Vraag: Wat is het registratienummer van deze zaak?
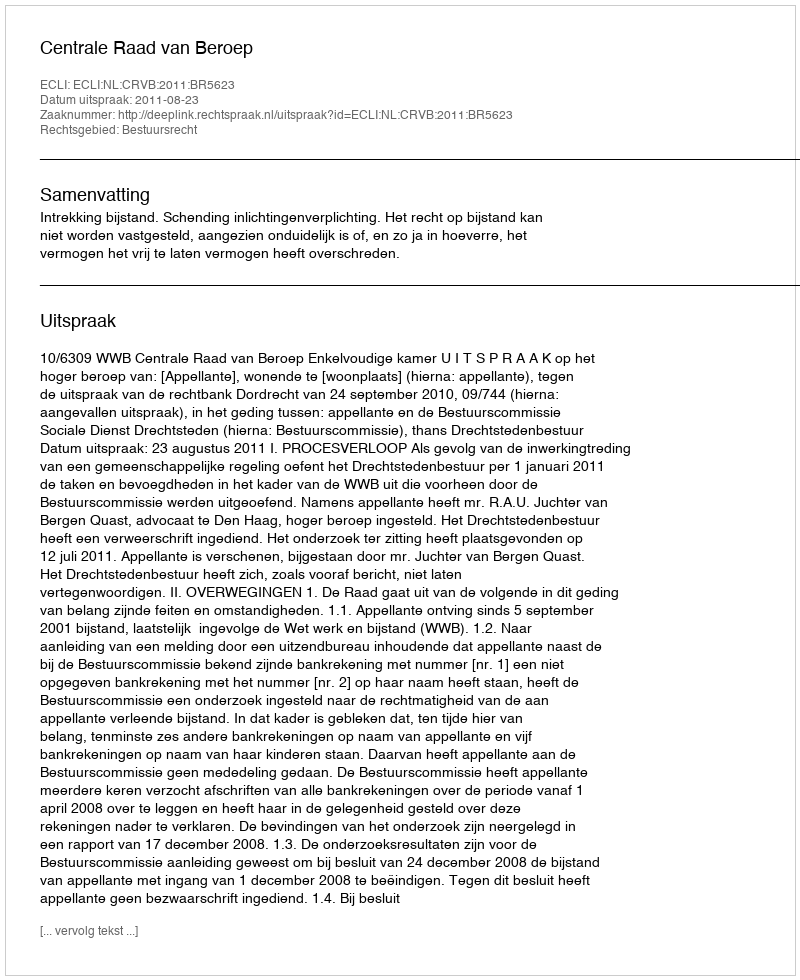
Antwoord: http://deeplink.rechtspraak.nl/uitspraak?id=ECLI:NL:CRVB:2011:BR5623